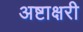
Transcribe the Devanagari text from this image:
अष्टाक्षरी